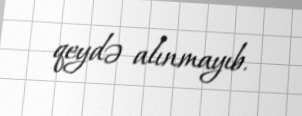
qeydə alınmayıb.